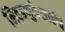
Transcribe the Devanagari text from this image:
निवडणुकेसाठीचे